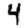
Digit: 4